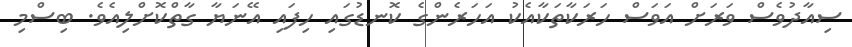
ސިއާދުވެސް ވަރަށް އަވަސް ހަރަކާތަކާއެކު އަހަރެންގެ ކޮނޑުގައި ހިފައި އޭނަޔާ ގާތްކޮށްލިއެވެ. ބިސްމި